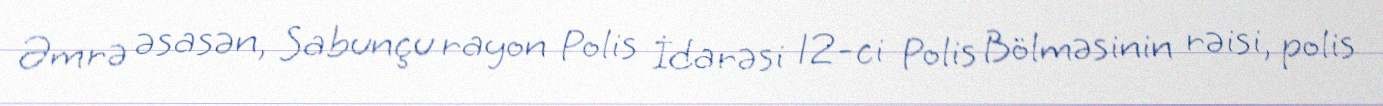
Əmrə əsasən, Sabunçu rayon Polis İdarəsi 12-ci Polis Bölməsinin rəisi, polis